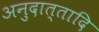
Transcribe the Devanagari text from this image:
अनुदात्तादि